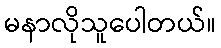
မနာလိုသူပေါတယ်။